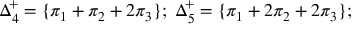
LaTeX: \Delta _ { 4 } ^ { + } = \{ \pi _ { 1 } + \pi _ { 2 } + 2 \pi _ { 3 } \} ; \; \Delta _ { 5 } ^ { + } = \{ \pi _ { 1 } + 2 \pi _ { 2 } + 2 \pi _ { 3 } \} ;